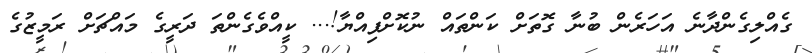
ގެއްލިގެންދާނެ އަހަރެން ބުނާ ގޮތަށް ކަންތައް ނުކޮށްފިއްޔާ!... ކީއްވެގެންތަ ދަރީގެ މައްޗަށް ރަމީޒުގެ